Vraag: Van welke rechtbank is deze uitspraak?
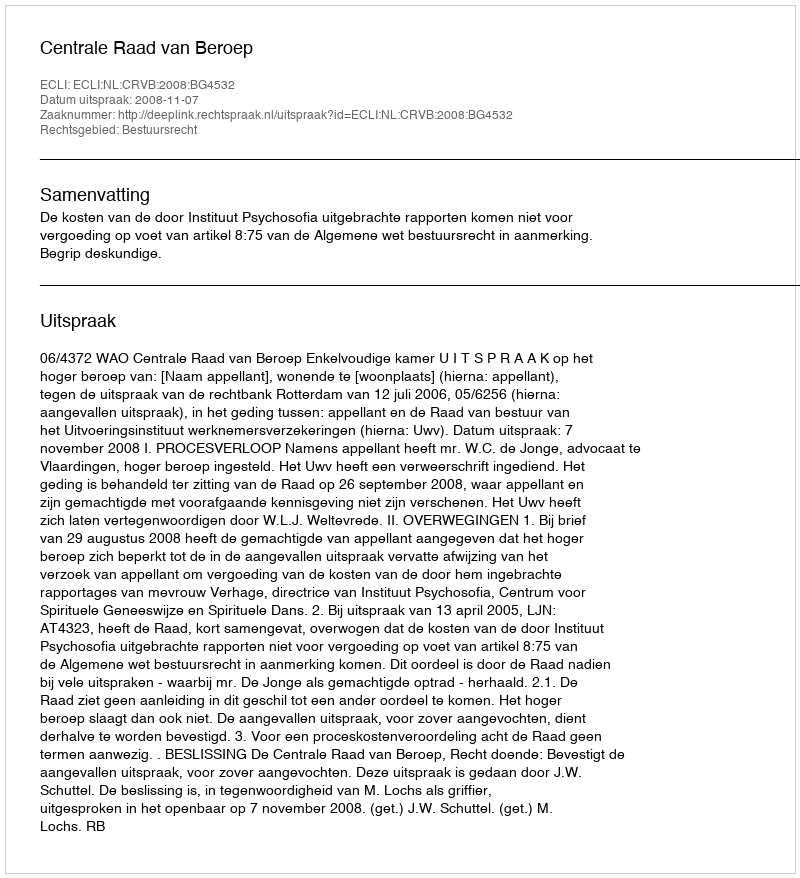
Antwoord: Centrale Raad van Beroep